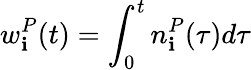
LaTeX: w_{\mathbf{i}}^{P}(t)=\int_{0}^{t}n_{\mathbf{i}}^{P}(\tau)d\tau